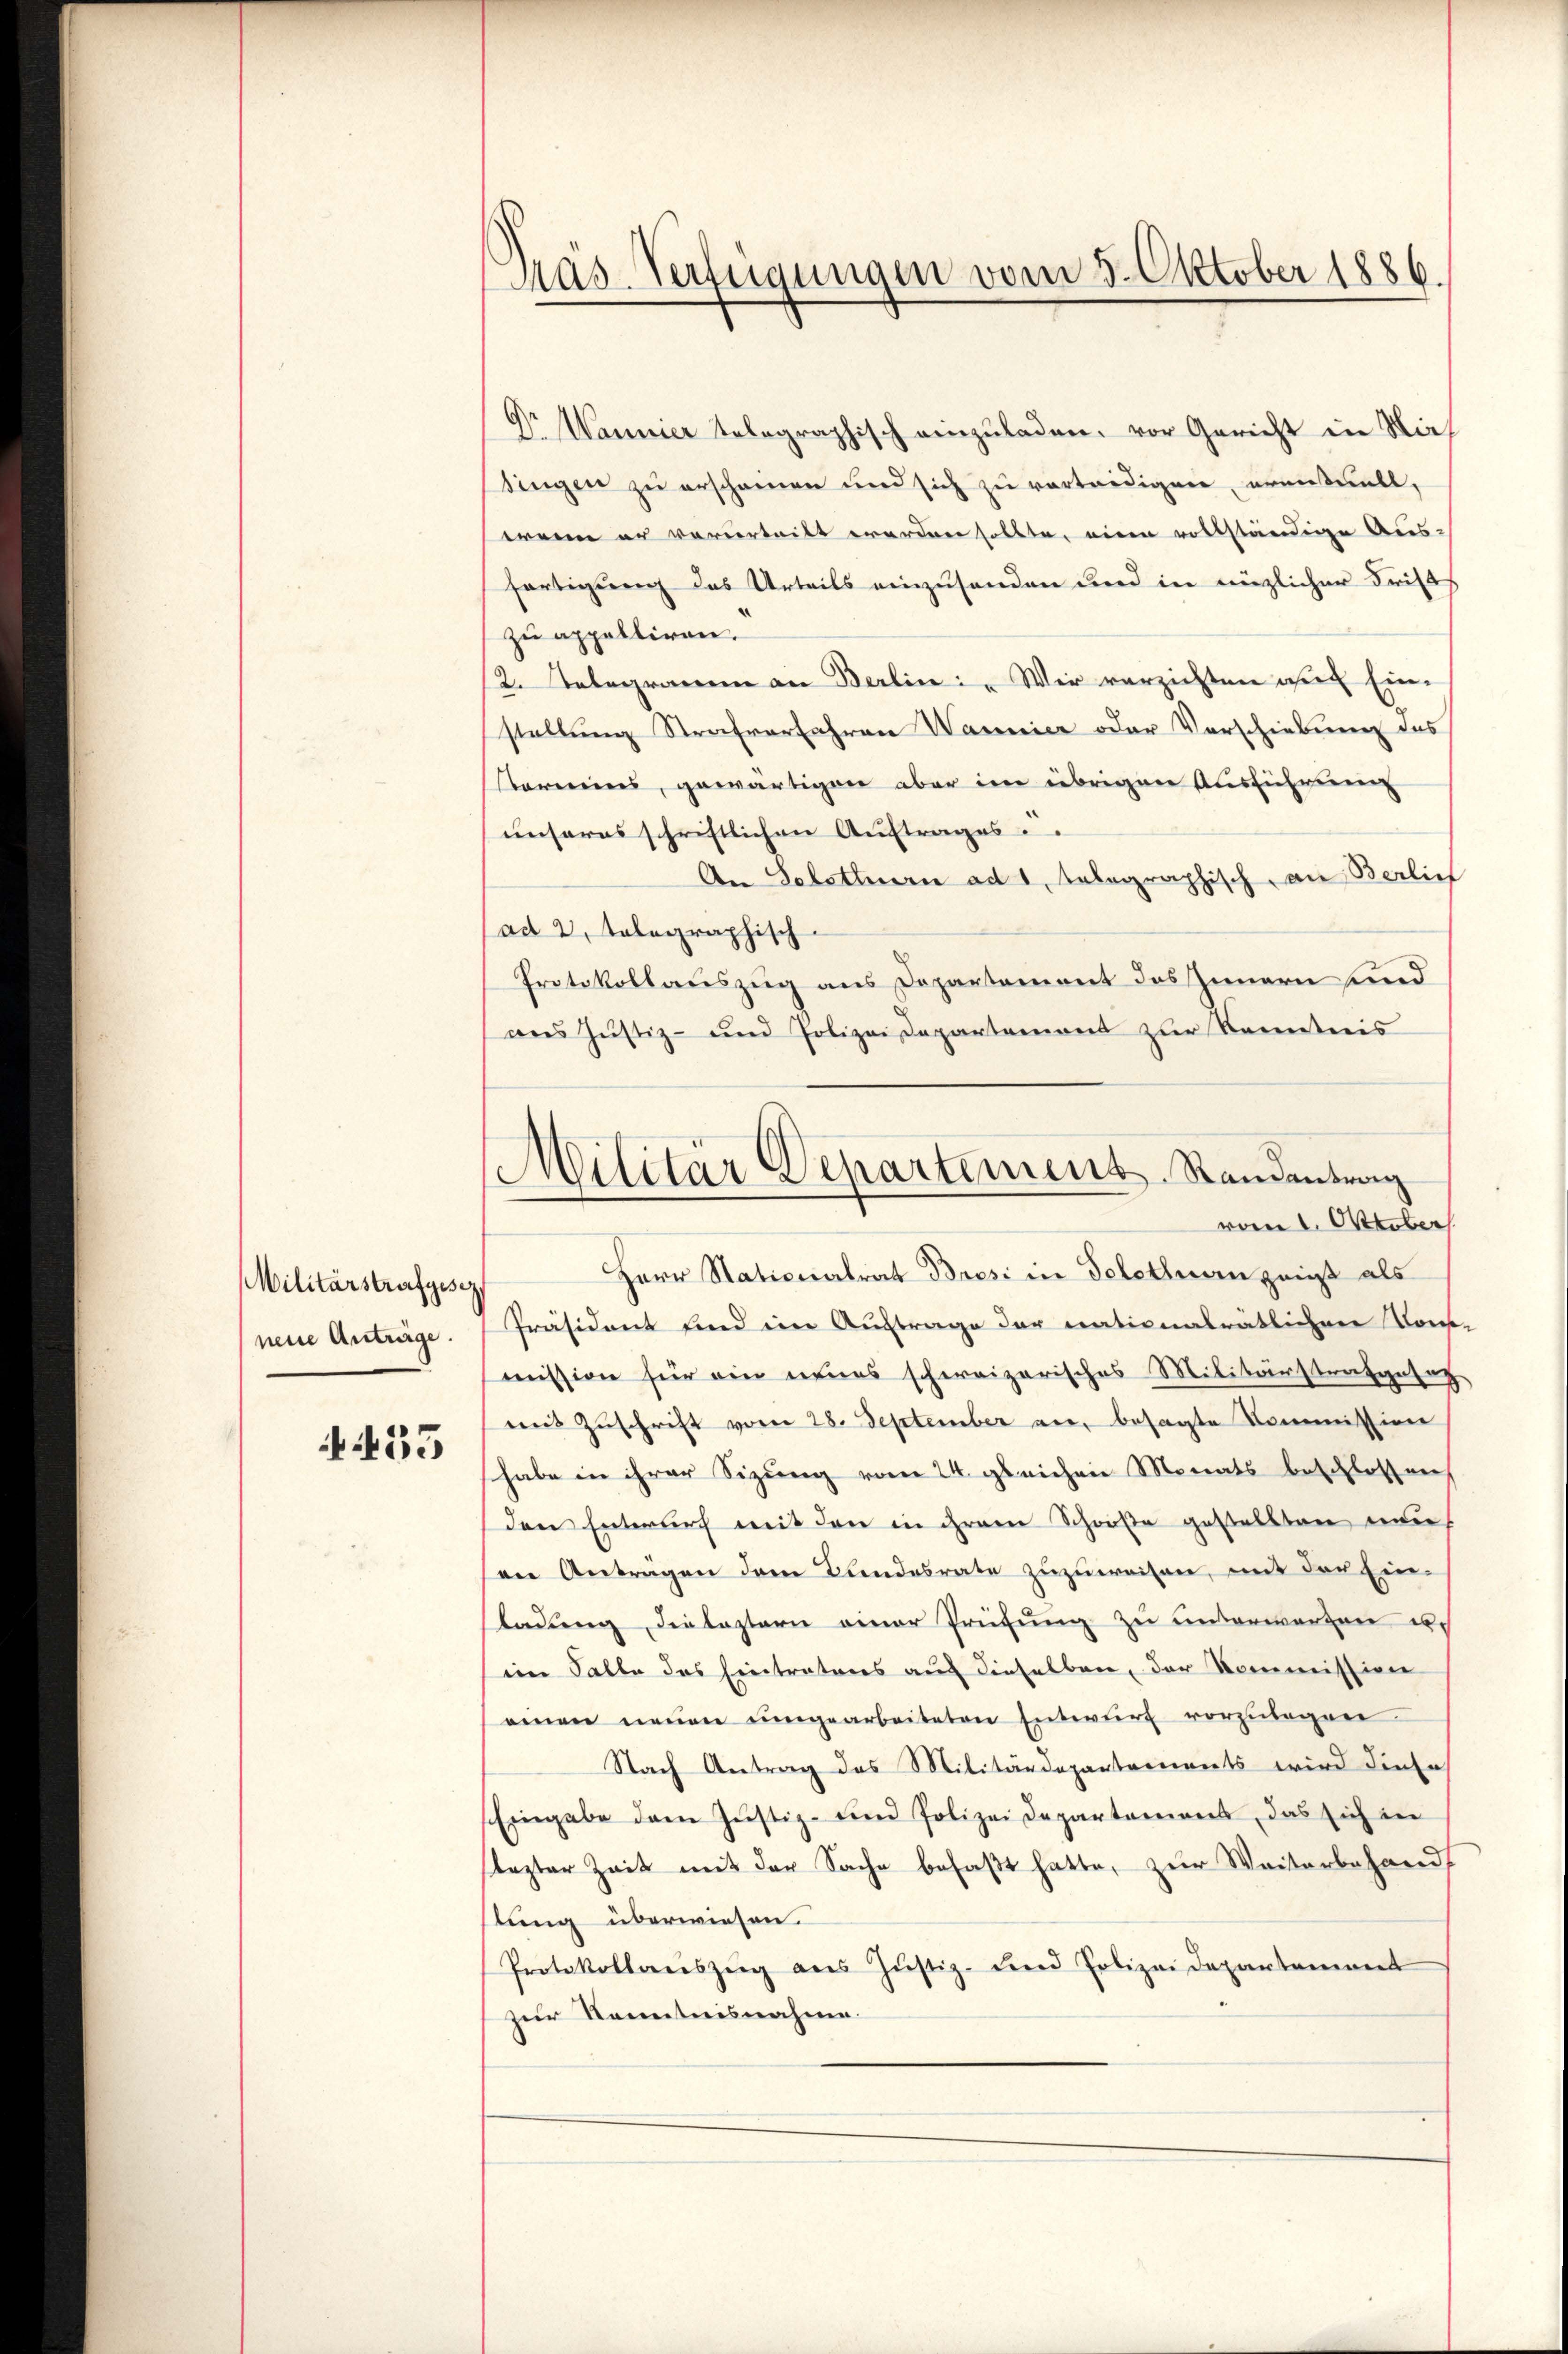
Militärstrafgese
neue Anträge.

435

Mas-Verfügungen vom 3. Oktober 1886.

Dr Wannier telegraphisch einzŭladen. vor Gericht in Nies
singen zu erscheinen und sich zu verteidigen, eventuell,
weine er verurteilt worden sollte, einen vollständige Aus-
fertigung das Urteils einzusenden und in enzlicher Dritts
zu appelliren.
R. Telegramm an Berlin. Wir verzichten die Einstellung Strafverfahren Warnier oder Vorschiebung des
tarereins, gewärtigen aber im übrigen Ausführung
unseres schriftlichen Auftrages
An Solothurn ad 1, Telegraphisch an Berlief
ad 2, telegraphisch-
Protokollauszug aus Departement des Innern und
ans Justiz- und Polizei Departement zur Kenntnis
Herr Nationalrat Brosi in Telethan zeigt als
Präsident und ein Auftrage der nationalrätlichen Kont
mission für ein neues schweizerisches Militärstrafgesag
mit Zuschrift vom 28. September an, besagte Kommission
habe in ihrer Sitzung vom 24. gleichen Monats beschlossen
den Entwurf mit den in ihrem Schooße gestellten nunan Anträgen dem Bundesrate zuzuweisen, mit der Ein-
ladung die leztern einer Prüfung zu unterwarten u.
im Falle des Eintratures auf dieselben, der Kommission
einen neuen umgearbeiteten Entwŭrf vorzŭlegen.
Nach Antrag des Militärdepartements wird diese
Eingabe dem Justiz- und Polizei Departament, das sich in
slezter Zeit mit der Sache befaßt hatte, zur Weiterbehandlung überwiesen.
Protokollaŭszŭg ans Jŭstiz- und Polizei Departement
zur Kenntnisnahme.

Militär Departement. Standentrag
vom 1. Oktober